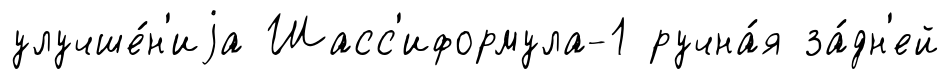
улучше́н'иjа Шасс'иформула-1 ручна́я за́дн'ей